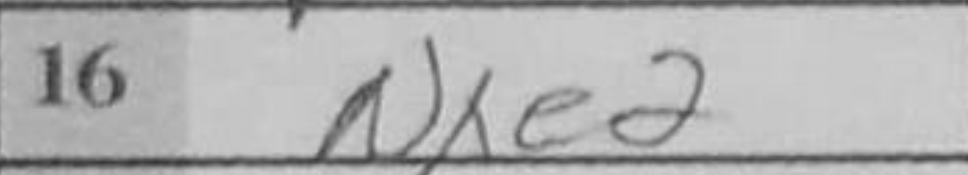
Transcription: Nxe2